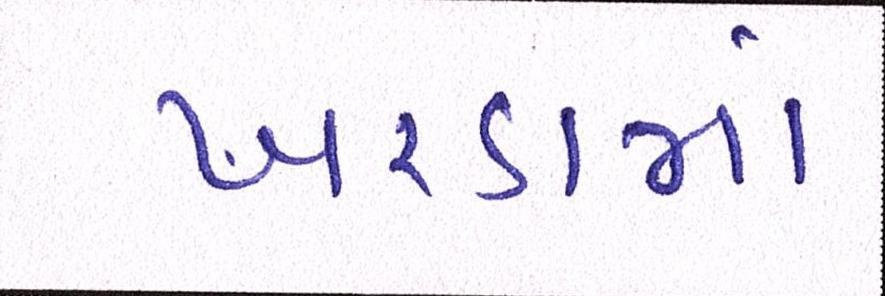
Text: ખરડામાં